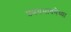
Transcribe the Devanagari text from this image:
प्रणयभावनेच्या